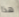
هذا